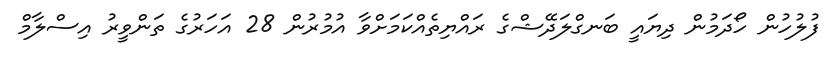
ފުލުހުން ހޯދަމުން ދިޔައީ ބަނގްލަދޭޝްގެ ރައްޔިތެއްކަމަށްވާ އުމުރުން 28 އަހަރުގެ ތަންވީރު އިސްލާމް